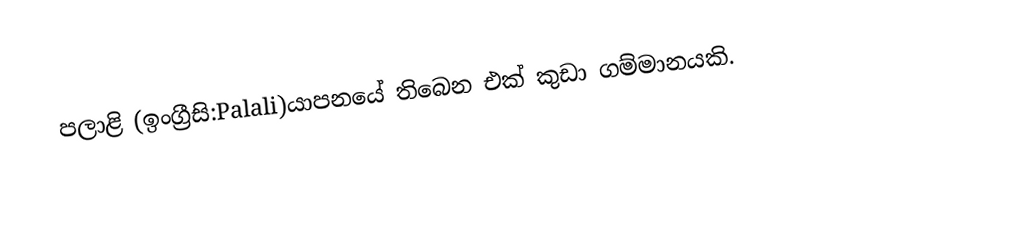
පලාළි  (ඉංග්‍රීසි:Palali)යාපනයේ තිබෙන එක් කුඩා ගම්මානයකි.